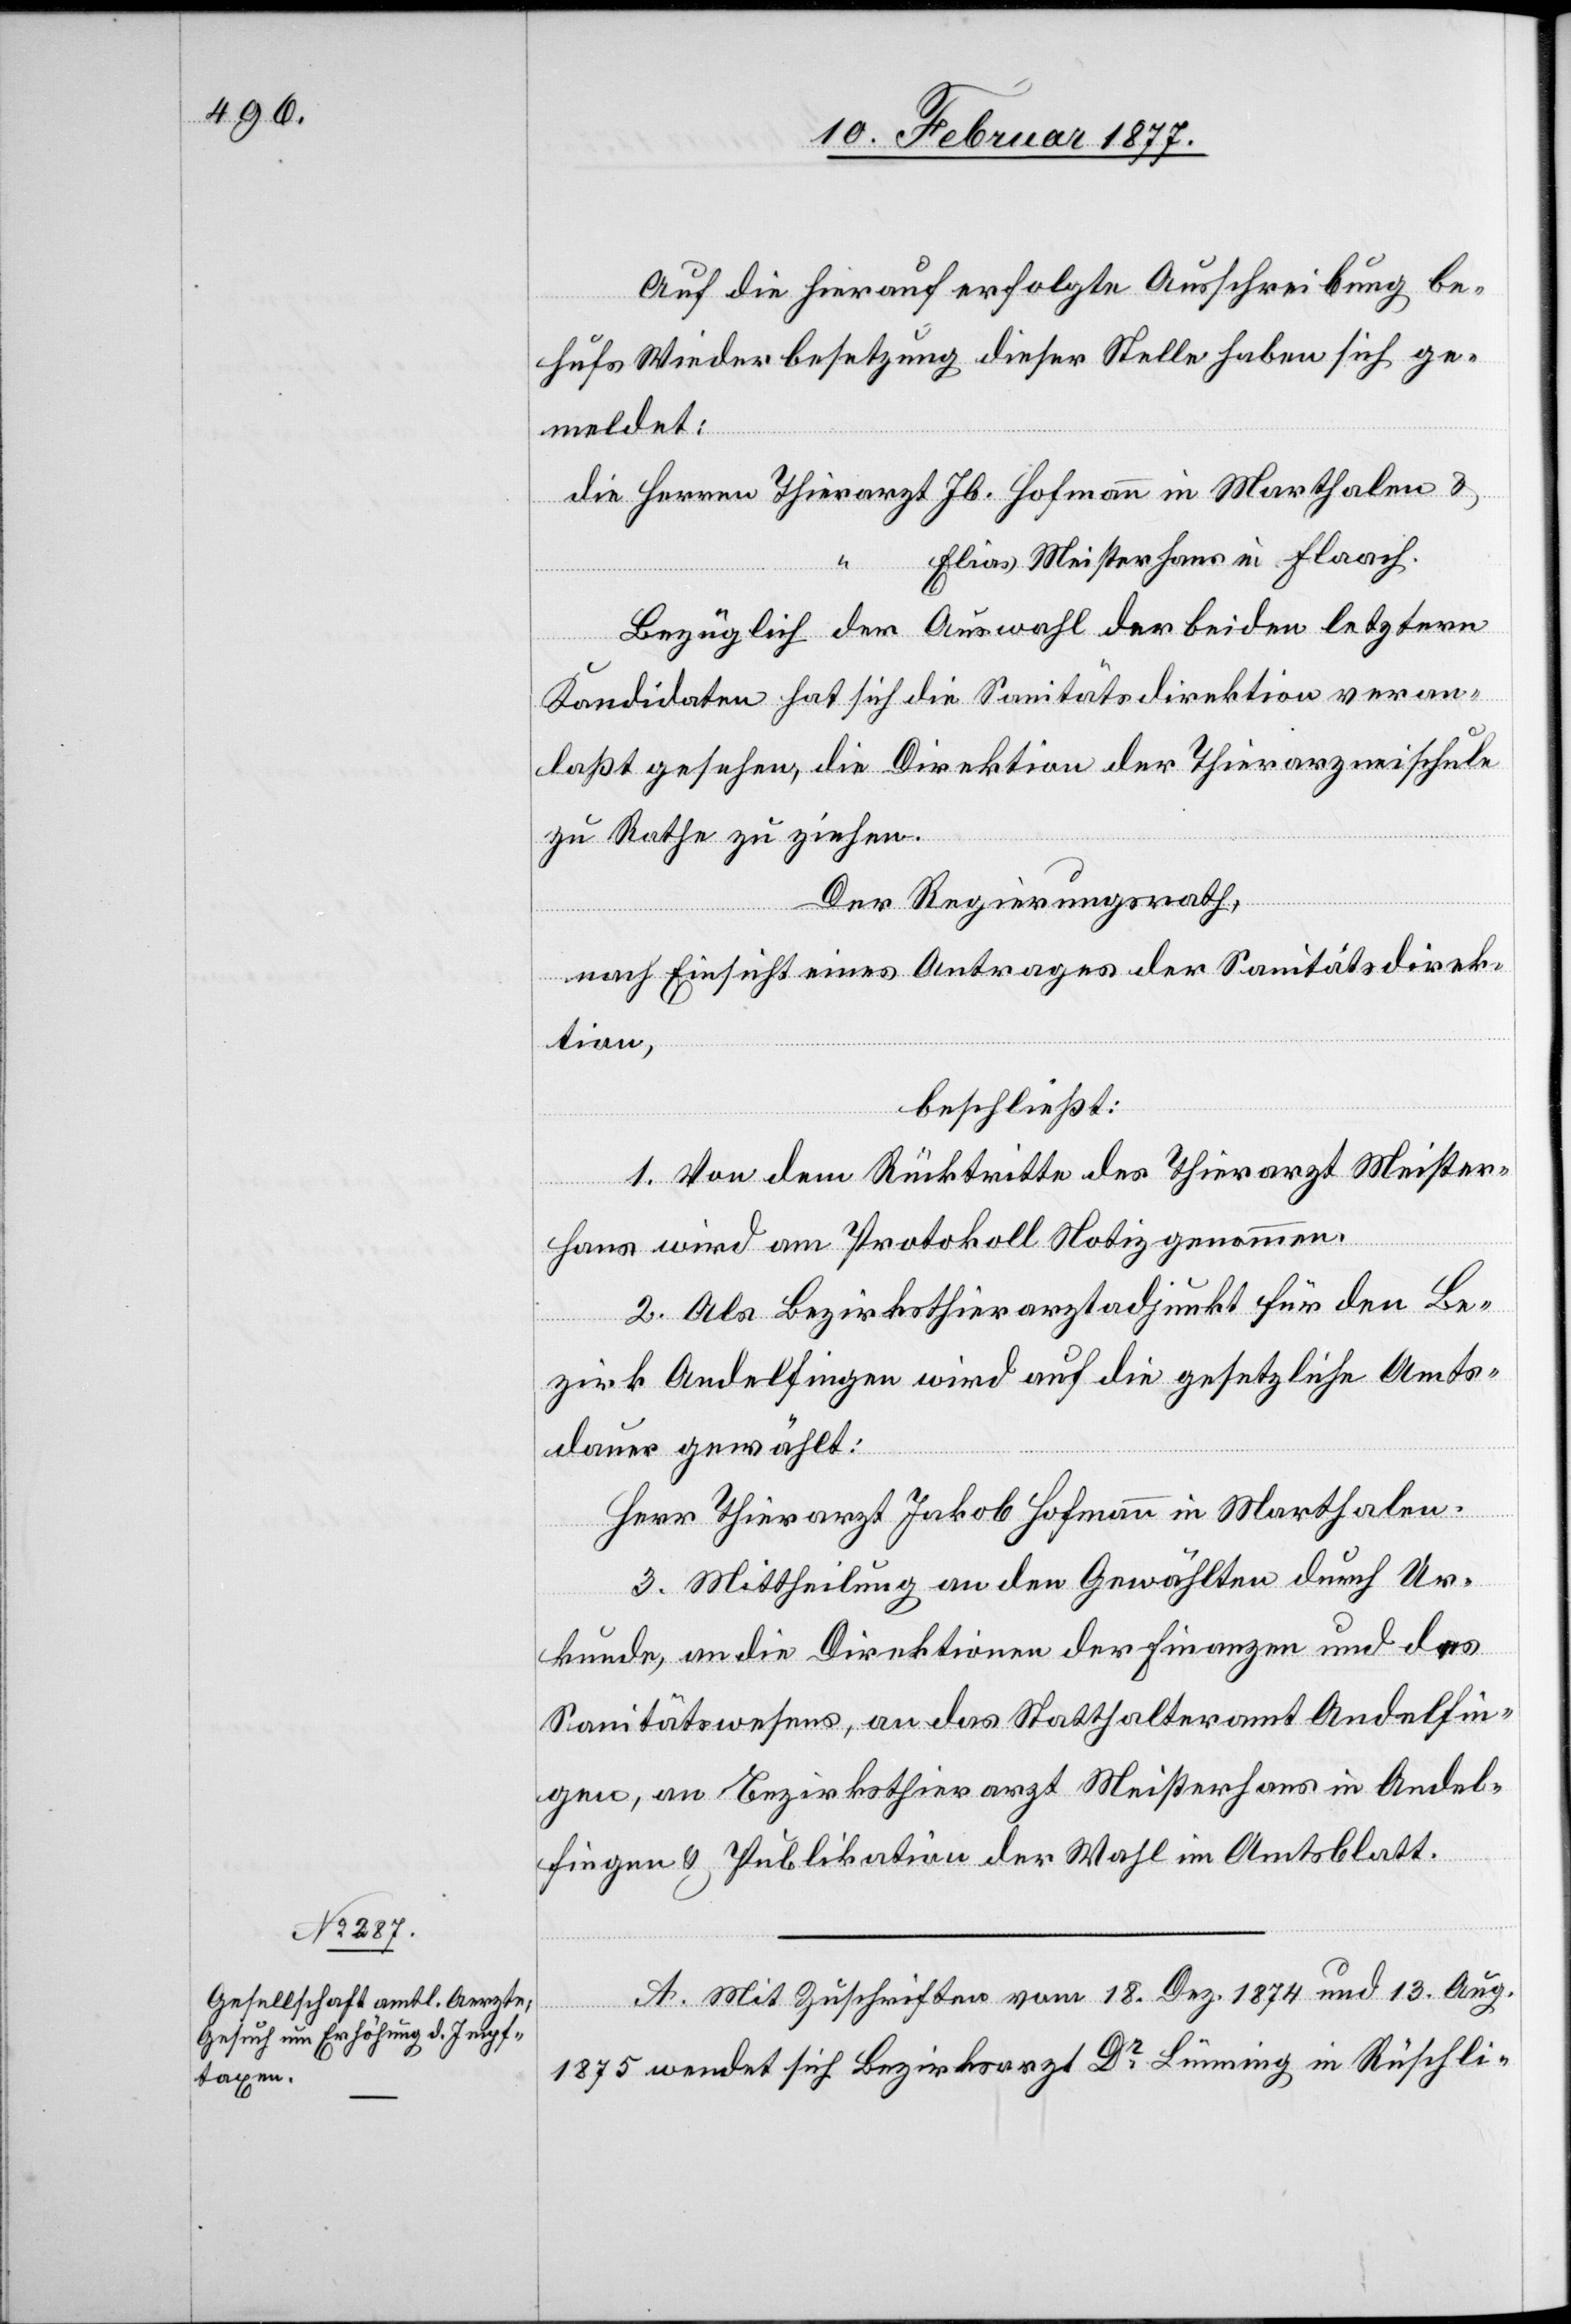
Auf die hierauf erfolgte Ausschreibung be¬
hufs Wiederbesetzung dieser Stelle haben sich ge¬
meldet:
Elias Meisterhans in Flaach.
Bezüglich der Auswahl der beiden letztern
Kandidaten hat sich die Sanitätsdirektion veran¬
laßt gesehen die Direktion der Thierarzneischule
in
zu Rathe zu ziehen.
Der Regierungsrath,
nach Einsicht eines Antrages der Sanitätsdirek¬
tion,
beschließt:
1. Von dem Rücktritte des Thierarzt Meister¬
Herren
Marthalen
hans wird am Protokoll Notiz genommen.
2. Als Bezirksthierarztadjunkt für den Be¬
zirk Andelfingen wird auf die gesetzliche Amts¬
dauer gewählt:
Herr Thierarzt Jakob Hofmann in Marthalen.
3. Mittheilung an den Gewählten durch Ur¬
kunde, an die Direktionen der Finanzen und des
Sanitätswesens, an das Statthalteramt Andelfin¬
gen, an Bezirksthierarzt Meisterhans in Andel¬
fingen & Publikation der Wahl im Amtsblatt.
A. Mit Zuschrift vom 18. Dez. 1874 und 13. Aug.
1875 wendet sich Bezirksarzt Dr Lünning in Rüschli-